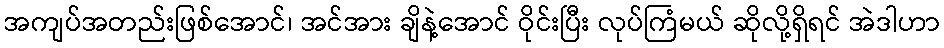
အကျပ်အတည်းဖြစ်အောင်၊ အင်အား ချိနဲ့အောင် ဝိုင်းပြီး လုပ်ကြံမယ် ဆိုလို့ရှိရင် အဲဒါဟာ